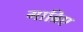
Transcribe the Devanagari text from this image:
गाब्रिए